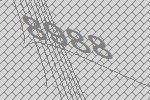
8988